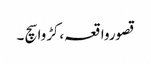
قصورواقعہ،کڑوا سچ ۔